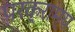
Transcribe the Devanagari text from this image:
परक्राम्‍य